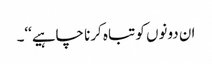
ان دونوں کو تباہ کرنا چاہیے‘‘۔